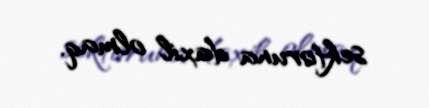
sektoruna daxil olmaq.